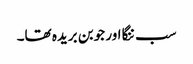
سب ننگا اور جوبن بریدہ تھا۔